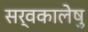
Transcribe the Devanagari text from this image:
सर्वकालेषु